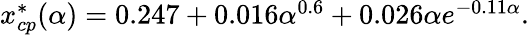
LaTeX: \begin{array}{r}{{x}_{cp}^{*}(\alpha)=0.247+0.016\alpha^{0.6}+0.026{\alpha}e^{-0.11\alpha}.}\end{array}